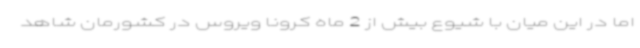
اما در این میان با شیوع بیش از 2 ماه کرونا ویروس در کشورمان شاهد